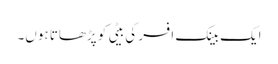
ایک بینک افسر کی بیٹی کو پڑھاتا ہوں۔